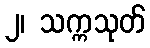
၂၊ သက္ကသုတ်